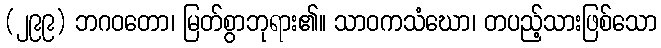
(၂၉၉) ဘဂဝတော၊ မြတ်စွာဘုရား၏။ သာဝကသံဃော၊ တပည့်သားဖြစ်သော